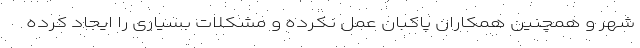
شهر و همچنین همکاران پاکبان عمل نکرده و مشکلات بسیاری را ایجاد کرده